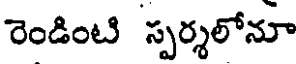
రెండింటి స్పర్శలోనూ